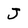
Character: J